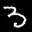
Label: 3